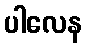
ပါလေန